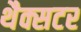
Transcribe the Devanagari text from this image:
थैक्सटर